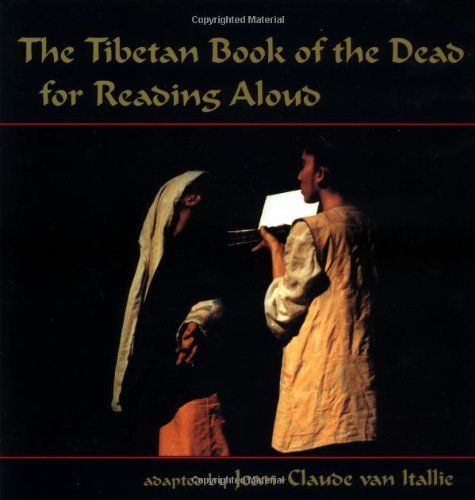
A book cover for The Tibetan Book of the Dead for Reading Aloud; Religion & Spirituality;